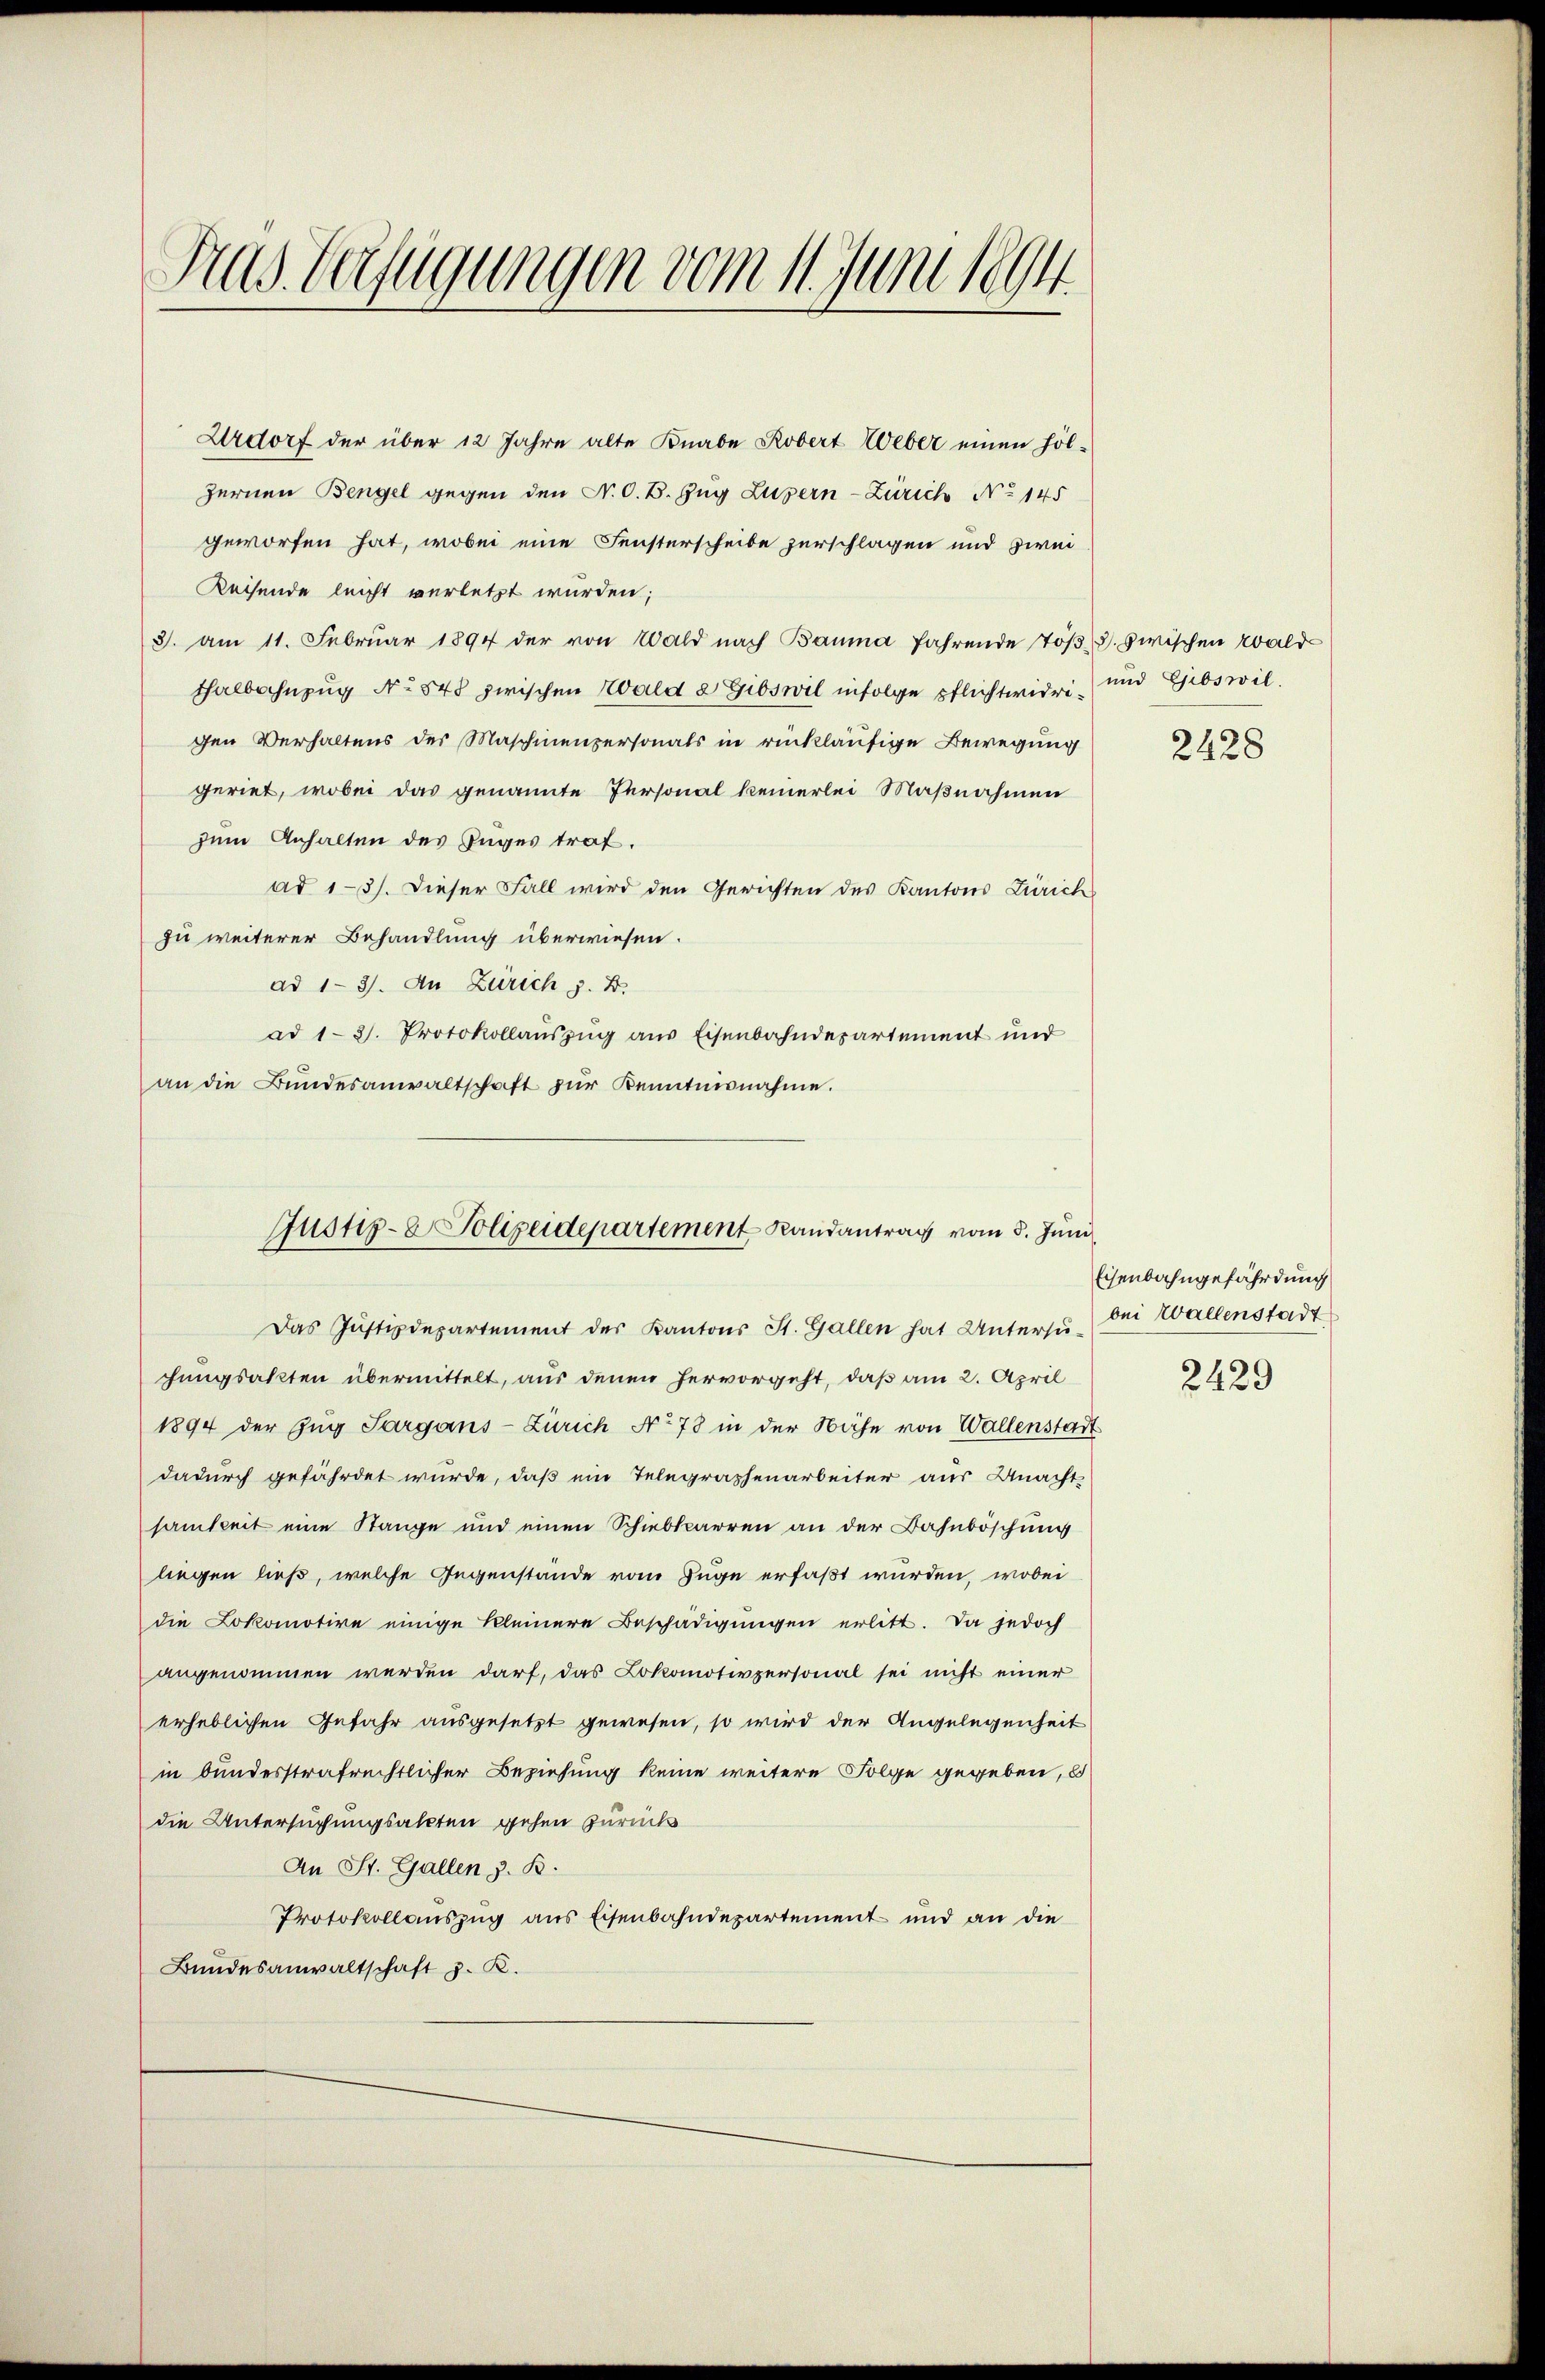
Fras Verfügungen vom 11. Juni 1894

Urdorf der über 12 Jahre alte Knabe Robert Weber einen hölzernen Bengel gegen den N. O. B. Zug Luzern-Zürich No 145
geworfen hat, wobei eine Fensterscheibe zerschlagen und zwei
Reisende leicht verletzt wurden;
3. am 11. Februar 1894 der von Wald nach Bauma fahrende Tößthalbahnzug No 848 zwischen Wald d Gibswil infolge pflichtwidrigen Verhaltens der Maschinenpersonals in rückläufige Bewegung
geriet, wobei das genannte Personal keinerlei Maßnahmen
zum Anhalten des Zuges traf.
ad 1-3). Dieser Fall wird den Gerichten des Kantons Zürich
zu weiterer Behandlung überwiesen.
ad 1-3). An Zürich z. B.
ad 1-3. Protokollauszug aus Eisenbahndepartement und
an die Bŭndesanwaltschaft zŭr Kenntnisnahme.
Das Justizdepartement der Kantons St. Gallen hat Untersu- bei Wallenstadt
chungsakten übermittelt, aus denen hervorgeht, daß am 2. April
1894 der Zug Sargans-Zürich No 78 in der Nähe von Wallenstadt
dadurch gefährdet wurde, daß ein Telegraphenarbeiter aus Unacht
samkeit eine Stange und einen Schiebkarren an der Bahnböschung
liegen ließ, welche Gegenstände vom Zuge erfaßt wurden, wobei
die Lokomotive einige kleinere Beschädigungen erlitt. Da jedoch
angenommen werden darf, das Lokomotivpersonal sei nicht einer
erheblichen Gefahr ausgesetzt gewesen, so wird der Angelegenheit
in bundesstrafrechtlicher Beziehung keine weitere Folge gegeben, u
die Untersuchungsakten gehen zurück
An St. Gallen z. B.
Protokollauszug aus Eisenbahndepartement und an die
Bundesanwaltschaft z. B.

Justiz- & Polizeidepartement Randantrag vom 5. Juni

ds zwischen Wald
und Gibswil.

2428

Eisenbahngefährdung
2429